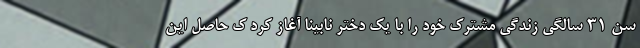
سن ۳۱ سالگی زندگی مشترک خود را با یک دختر نابینا آغاز کرد ک حاصل این